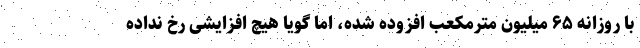
با روزانه ۶۵ میلیون مترمکعب افزوده شده، اما گویا هیچ افزایشی رخ نداده